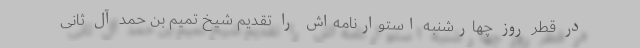
در قطر روز چهارشنبه استوارنامه‌اش را تقدیم شیخ تمیم بن حمد آل ثانی